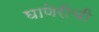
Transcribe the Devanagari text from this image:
घाणेरीची